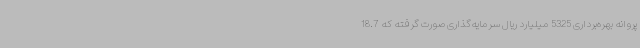
پروانه بهره‌برداری 5325 میلیارد ریال سرمایه‌گذاری صورت گرفته که 18.7